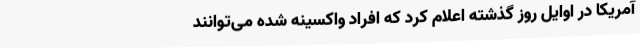
آمریکا در اوایل روز گذشته اعلام کرد که افراد واکسینه شده می‌توانند